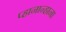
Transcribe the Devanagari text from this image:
प्हानान्हाना